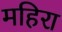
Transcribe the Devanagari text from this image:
महिरा